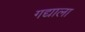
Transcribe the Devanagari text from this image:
गद्याला